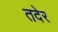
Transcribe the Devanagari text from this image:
तदेर